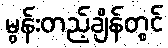
မွန်းတည့်ချိန်တွင်